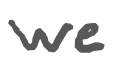
Text: we
Cross-out: clean
Writing tool: digital_gray